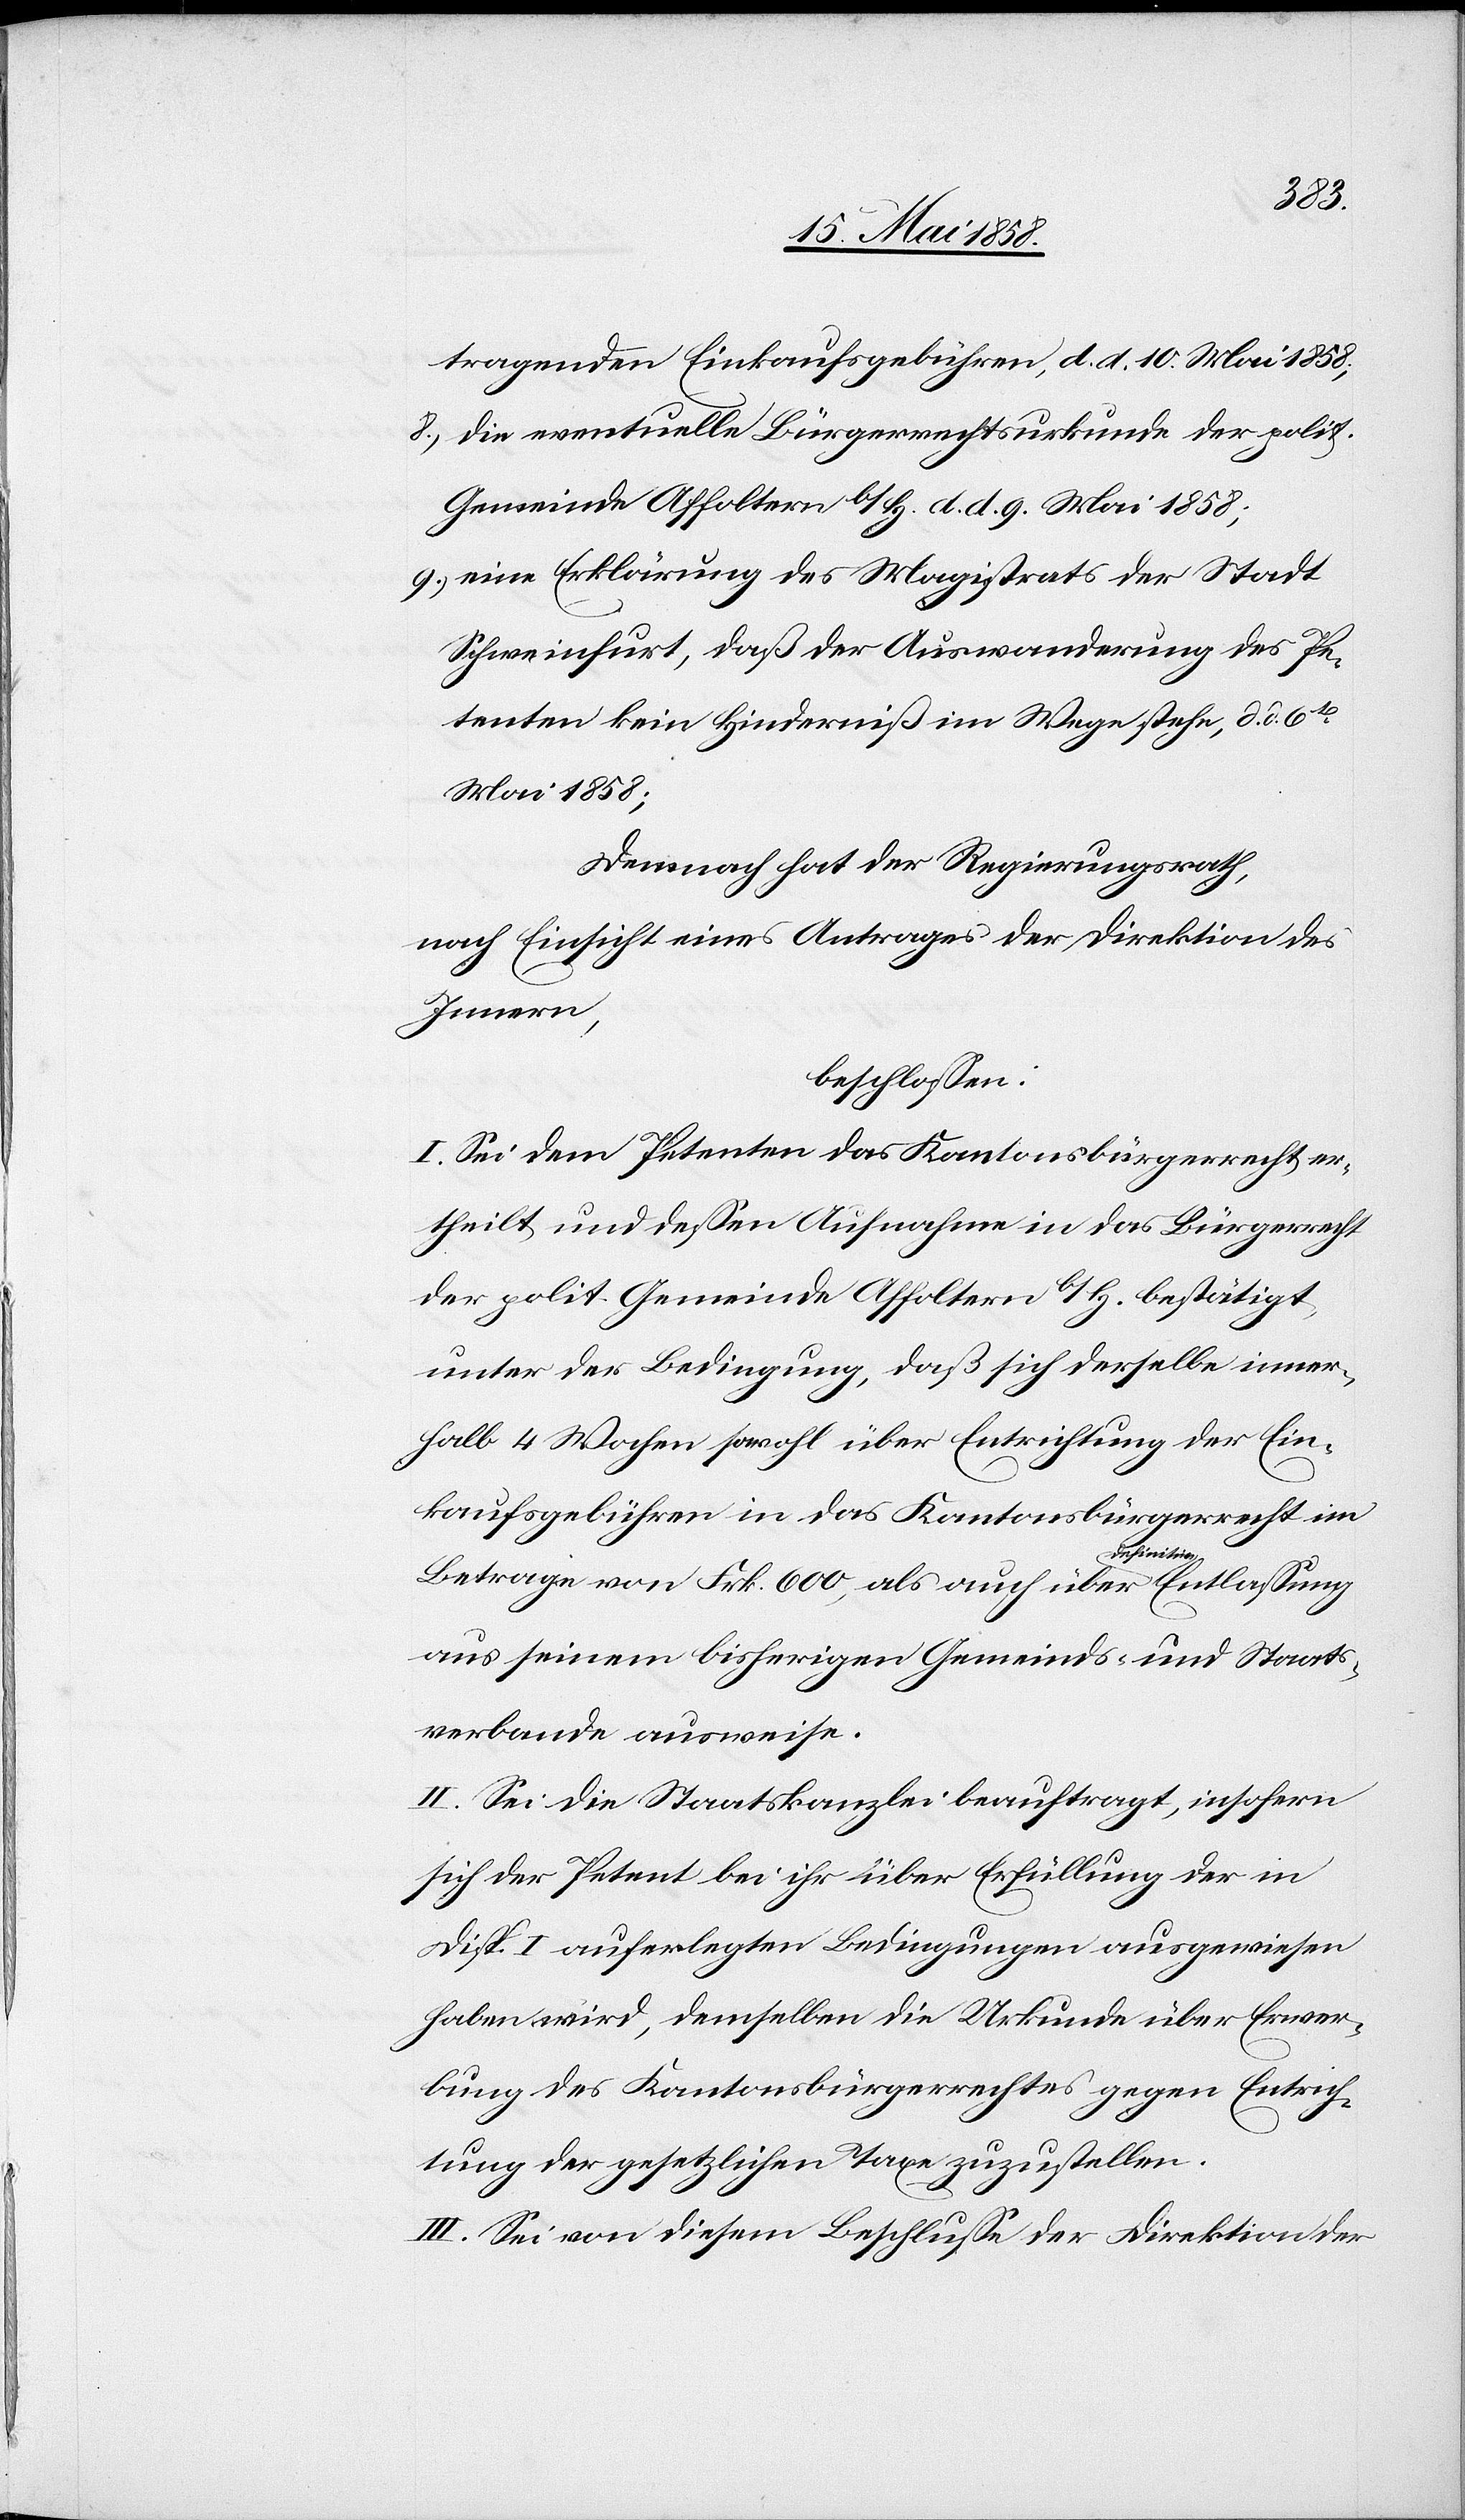
tragenden Einkaufsgebühren, d. d. 10. Mai 1858;
8) die eventuelle Bürgerrechtsurkunde der polit.
Gemeinde Affoltern b/H. d. d. 9. Mai 1858;
9) eine Erklärung des Magistrats der Stadt
Schweinfurt, daß der Auswanderung des Pe¬
tenten kein Hinderniß im Wege stehe, d. d.
Mai 1858;
Demnach hat der Regierungsrath,
nach Einsicht eines Antrages der Direktion des
Innern,
beschlossen:
I. Sei dem Petenten das Kantonsbürgerrecht er¬
theilt und dessen Aufnahme in das Bürgerrecht
der polit. Gemeinde Affoltern b/H. bestätigt,
unter der Bedingung, daß sich derselbe inner¬
halb 4 Wochen sowohl über Entrichtung der Ein¬
kaufsgebühren in das Kantonsbürgerrecht im
Betrage von Frk. 600, als auch über definitive
aus seinem bisherigen Gemeinds- und Staats¬
verbande ausweise.
II. Sei die Staatskanzlei beauftragt, insofern
sich der Petent bei ihr über Erfüllung der in
Disp. I auferlegten Bedingungen ausgewiesen
haben wird, demselben die Urkunde über Erwer¬
bung des Kantonsbürgerrechtes gegen Entrich¬
tung der gesetzlichen Taxe zuzustellen.
III. Sei von diesem Beschlusse der Direktion der